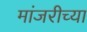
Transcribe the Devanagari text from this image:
मांजरीच्या